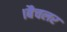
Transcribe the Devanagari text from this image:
।बैचलर